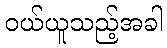
ဝယ်ယူသည့်အခါ